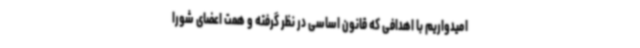
امیدواریم با اهدافی که قانون اساسی در نظر گرفته و همت اعضای شورا